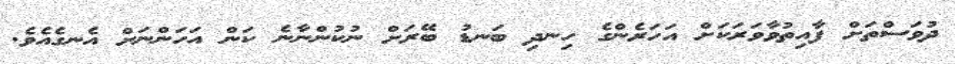
ދުވަސްތަށް ފާއިތުވާވަރަކަށް އަހަރެންގެ ހިނދި ބަނޑު ބޭރަށް ނުކުންނާނެ ކަން އަހަންނަށް އެނގެއެވެ.